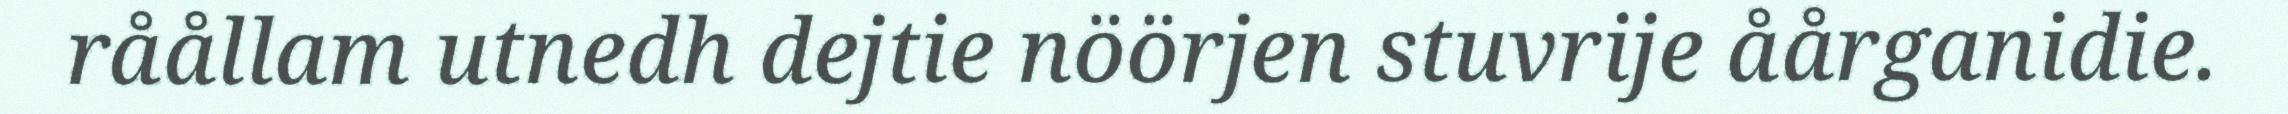
råållam utnedh dejtie nöörjen stuvrije åårganidie.